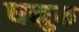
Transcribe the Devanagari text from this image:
धनुक